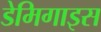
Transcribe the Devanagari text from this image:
डेमिगाइस